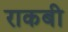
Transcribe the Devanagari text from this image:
राकबी